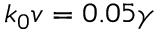
k _ { 0 } v = 0 . 0 5 \gamma